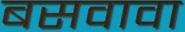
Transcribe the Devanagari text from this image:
बसवावा